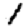
Digit: 1